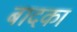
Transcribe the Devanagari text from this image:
बादका